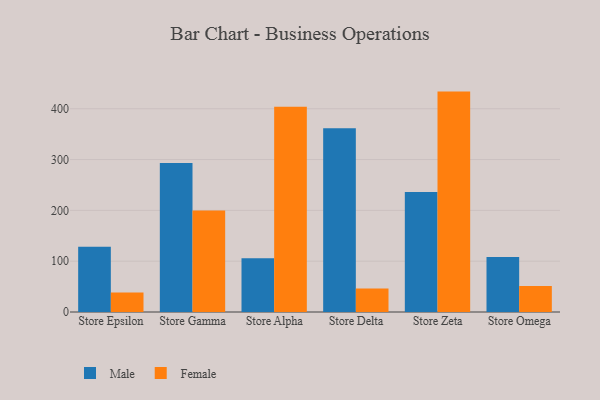
{"axis": {"x": "Store", "y": "Budget (USD K)"}, "legend": ["Female", "Male"], "data": [{"x": "Store Epsilon", "y": 128.4, "type": "Male"}, {"x": "Store Epsilon", "y": 38.6, "type": "Female"}, {"x": "Store Gamma", "y": 293.2, "type": "Male"}, {"x": "Store Gamma", "y": 199.6, "type": "Female"}, {"x": "Store Alpha", "y": 105.8, "type": "Male"}, {"x": "Store Alpha", "y": 403.7, "type": "Female"}, {"x": "Store Delta", "y": 361.7, "type": "Male"}, {"x": "Store Delta", "y": 46.1, "type": "Female"}, {"x": "Store Zeta", "y": 236.1, "type": "Male"}, {"x": "Store Zeta", "y": 433.7, "type": "Female"}, {"x": "Store Omega", "y": 108.0, "type": "Male"}, {"x": "Store Omega", "y": 51.0, "type": "Female"}]}